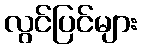
လွင်ပြင်များ